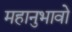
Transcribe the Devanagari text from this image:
महानुभावो